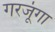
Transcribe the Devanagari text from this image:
गरजूंगा